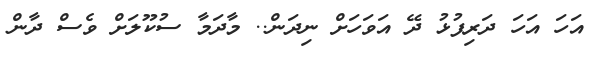
އަހަ އަހަ ދަރިފުޅު ދޭ އަވަހަށް ނިދަން.. މާދަމާ ސުކޫލަށް ވެސް ދާން